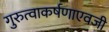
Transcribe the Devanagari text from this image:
गुरुत्वाकर्षणाएवजी